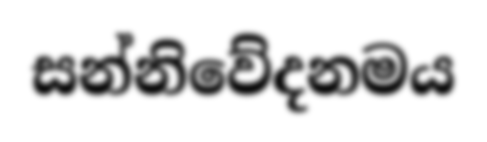
සන්නිවේදනමය